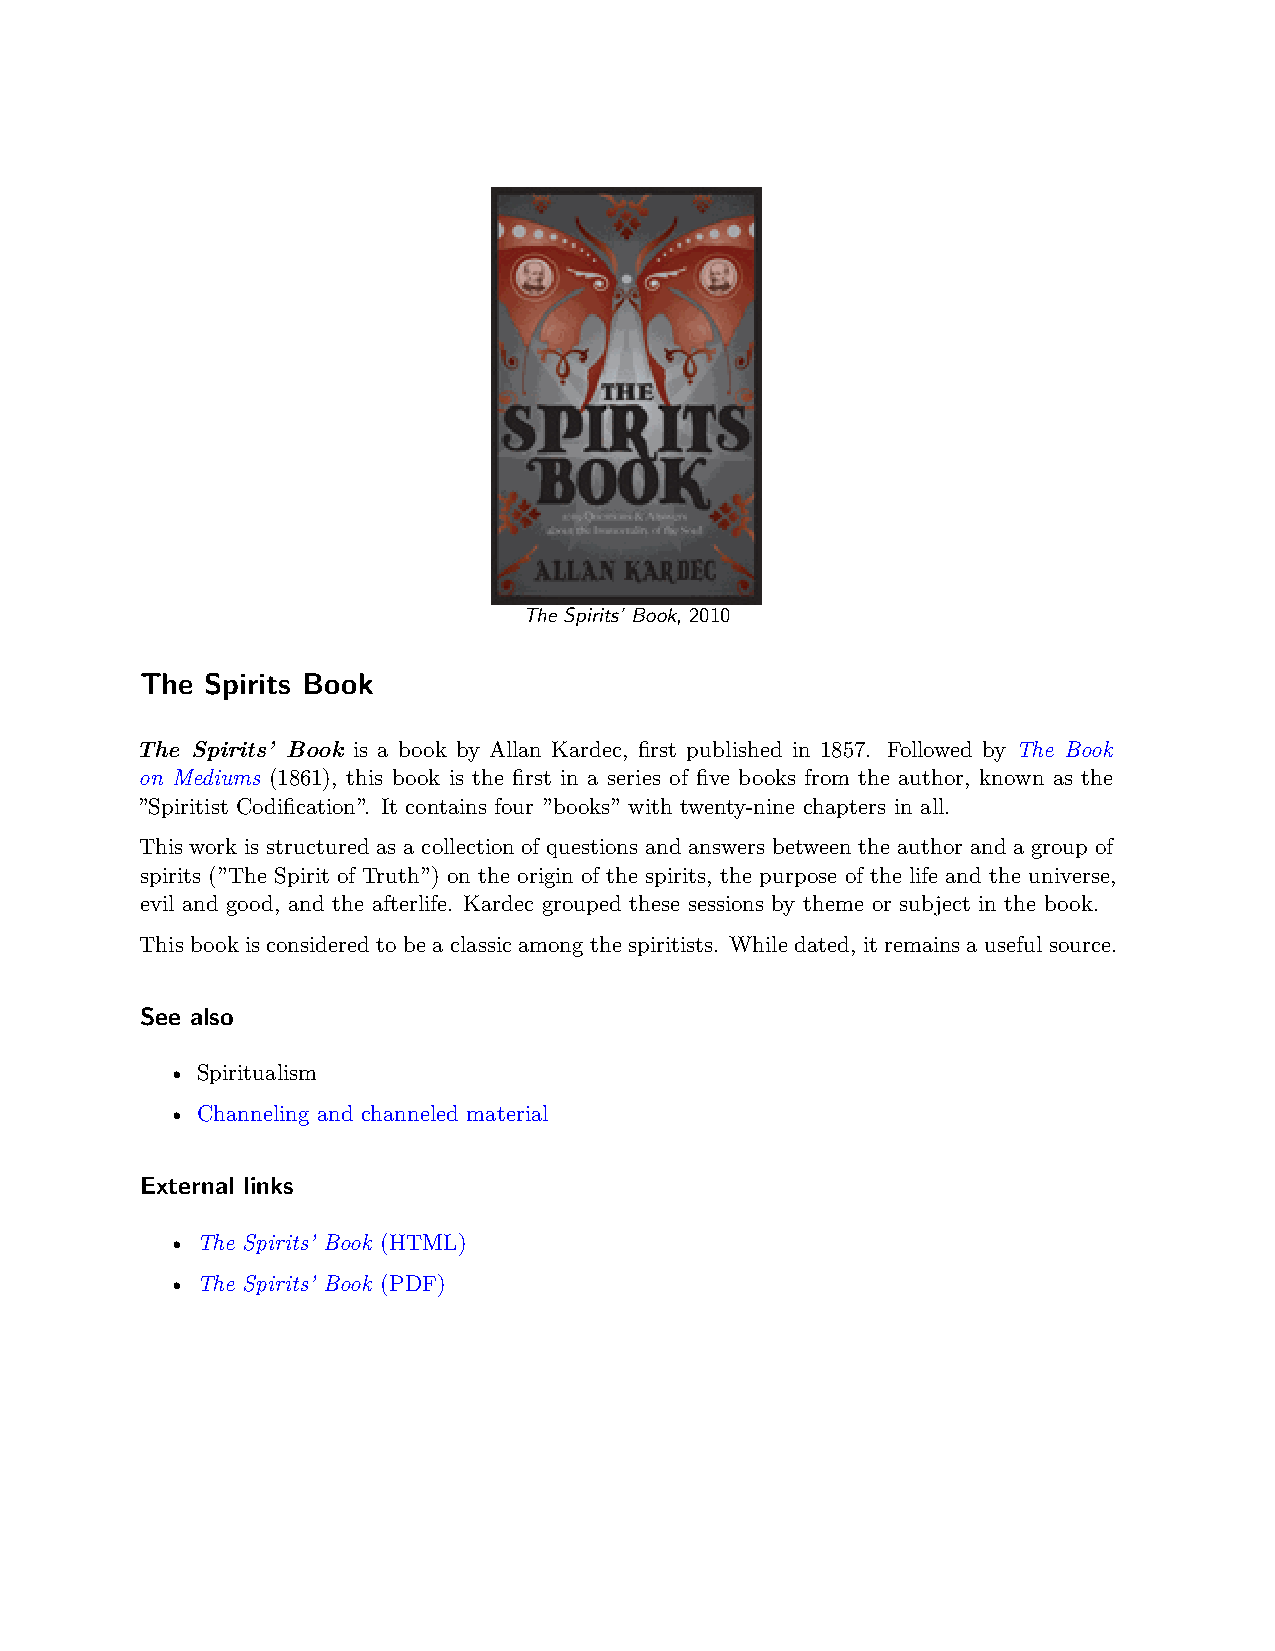
The Spirits’ Book, 2010
 The  Spirits Book
 The Spirits’ Book is a book by Allan Kardec, first published in 1857. Followed by The Book
 on Mediums (1861), this book is the first in a series of five books from the author, known as the
 ”Spiritist Codification”. It contains four ”books” with twenty-nine chapters in all.
 This work is structured as a collection of questions and answers between the author and a group of
 spirits (”The Spirit of Truth”) on the origin of the spirits, the purpose of the life and the universe,
 evil and good, and the afterlife. Kardec grouped these sessions by theme or subject in the book.
 This book is considered to be a classic among the spiritists. While dated, it remains a useful source.
 See also
 • Spiritualism
 • Channeling and channeled material
 External links
 • The Spirits’ Book (HTML)
 • The Spirits’ Book (PDF)